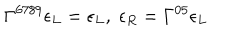
\Gamma ^ { 6 7 8 9 } \epsilon _ { L } = \epsilon _ { L } , \; \epsilon _ { R } = \Gamma ^ { 0 5 } \epsilon _ { L }